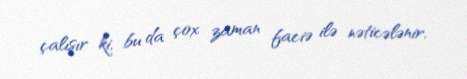
çalışır ki, bu da çox zaman faciə ilə nəticələnir.